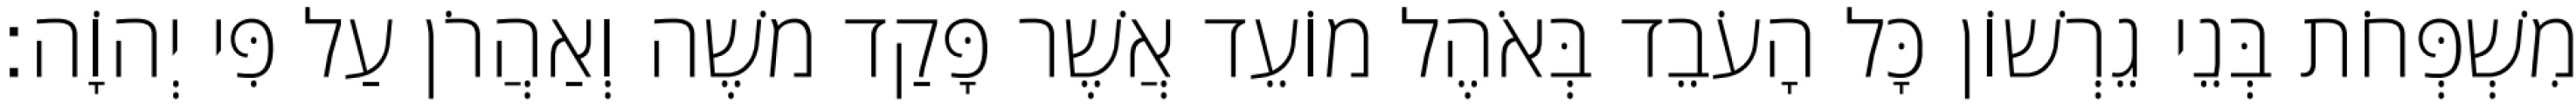
מִשְׁפְּחֹת בְּנֵי גֵרְשׁוֹן כָּל הָעֹבֵד בְּאֹהֶל מוֹעֵד אֲשֶׁר פָּקַד משֶׁה וְאַהֲרֹן עַל פִּי יְהוָֹה׃